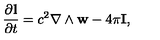
\frac { \partial { \bf l } } { \partial t } = c ^ { 2 } \nabla \wedge { \bf w } - 4 \pi { \bf I } ,